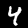
Digit: 4